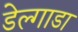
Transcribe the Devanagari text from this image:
डेल्गाडा